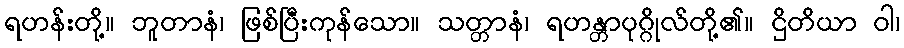
ရဟန်းတို့။ ဘူတာနံ၊ ဖြစ်ပြီးကုန်သော။ သတ္တာနံ၊ ရဟန္တာပုဂ္ဂိုလ်တို့၏။ ဌိတိယာ ဝါ၊